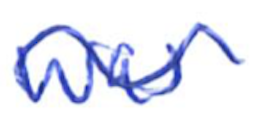
Text: was
Cross-out: mix
Writing tool: ballpoint